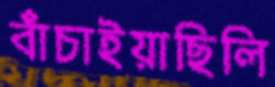
বাঁচাইয়াছিলি